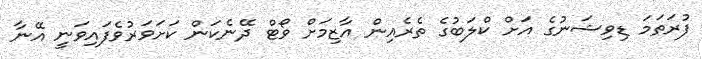
ފުރަތަމަ ޑިވިޝަނުގެ އަށް ކްލަބުގެ ތެރެއިން އާޒިމަށް ވޯޓް ދޭނެކަން ކަށަވަރުވެފައިވަނީ އޭނާ